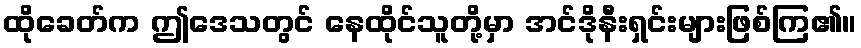
ထိုခေတ်က ဤဒေသတွင် နေထိုင်သူတို့မှာ အင်ဒိုနီးရှင်းများဖြစ်ကြ၏။